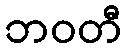
ဘဝတီ